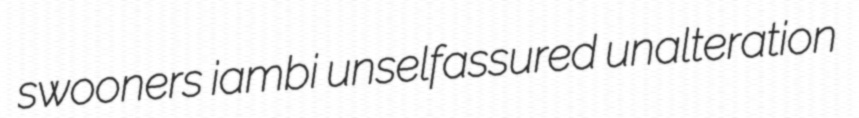
swooners iambi unselfassured unalteration